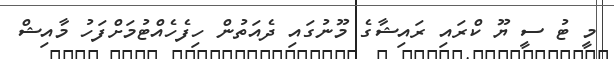
މީ ޓު ސީ ޔޫ ކްރައި ރައިޝާގެ މޫނުގައި ދެއަތުން ހިފެހެއްޓުމަށްފަހު މާއިޝް